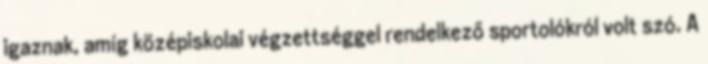
igaznak, amíg középiskolai végzettséggel rendelkező sportolókról volt szó. A